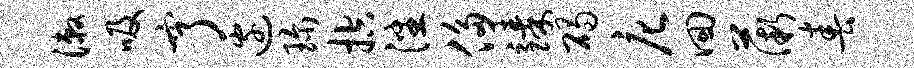
漱吸亨边珍控潘侈臻碣庀回薇春